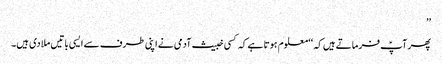
’’
پھر آپؑ فرماتے ہیں کہ ‘‘معلوم ہوتا ہے کہ کسی خبیث آدمی نے اپنی طرف سے ایسی باتیں ملا دی ہیں۔